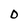
Character: D